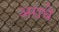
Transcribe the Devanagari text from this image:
अराधे